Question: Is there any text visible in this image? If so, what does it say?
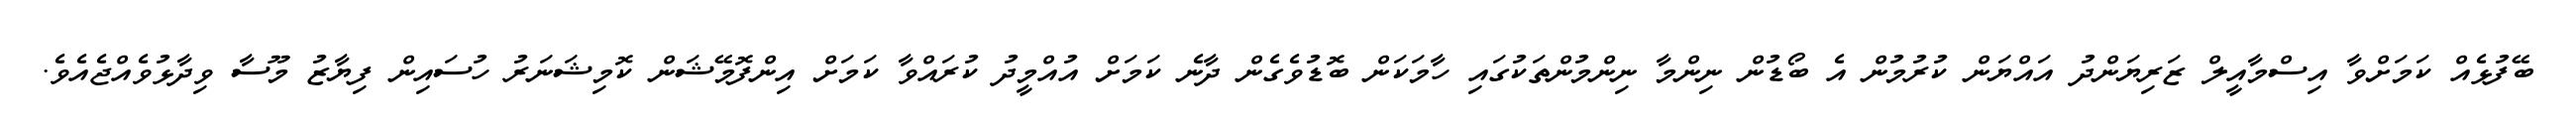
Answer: ބޭފުޅެއް ކަމަށްވާ އިސްމާއީލް ޒަރިޔަންދު އައްޔަން ކުރުމުން އެ ބޯޑުން ނިންމާ ނިންމުންތަކުގައި ހާމަކަން ބޮޑުވެގެން ދާނެ ކަމަށް އުއްމީދު ކުރައްވާ ކަމަށް އިންފޮމޭޝަން ކޮމިޝަނަރު ހުސައިން ފިޔާޒު މޫސާ ވިދާޅުވެއްޖެއެވެ.